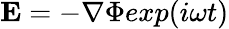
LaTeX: {\mathbf E}=-\nabla\Phi exp(i\omega t)